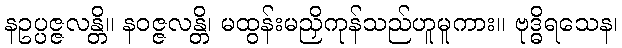
နဥပ္ပဇ္ဇလန္တိ။ နဝဇ္ဇလန္တိ၊ မထွန်းမညှိကုန်သည်ဟူမူကား။ ဗုဒ္ဓိရသေန၊